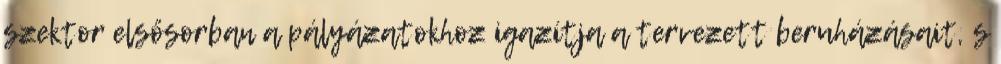
szektor elsősorban a pályázatokhoz igazítja a tervezett beruházásait, s